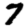
Digit: 7